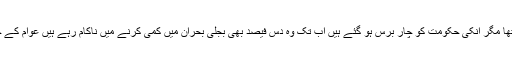
حکمرانوں نے چھ ماہ کے اندر بجلی بحران ختم کرنے کا وعدہ کیا تھا مگر انکی حکومت کو چار برس ہو گئے ہیں اب تک وہ دس فیصد بھی بجلی بحران میں کمی کرنے میں ناکام رہے ہیں عوام کے خون پسینے کی کمائی حکمرانوں کی عیش وعشرت کیلئے نہیں ہے۔